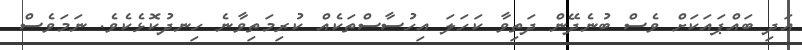
އަދި ބައްޕައަކަށް ވެސް ބުނެދޭން ދަތިވާ ކަހަލަ އިހުސާސްތަކެއް ކުރިމަތިވާނެ ހިނދުކޮޅެކެވެ. ނަމަވެސް